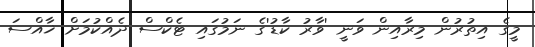
މީގެ އިތުރުން މިރާއިން ވަނީ 'ވާރު ކާޑު'ގެ ނަމުގައި ޓެކްސް ދެއްކުމަށް ޚާއްސަ